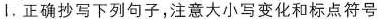
Ι.正确抄写下列句子,注意大小写变化和标点符号